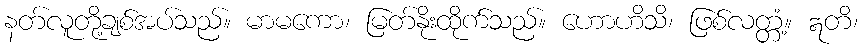
နတ်လူတို့ချစ်အပ်သည်။ မာမကော၊ မြတ်နိုးထိုက်သည်။ ဟောဟိသိ၊ ဖြစ်လတ္တံ့။ ဣတိ၊